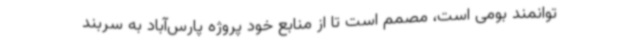
توانمند بومی است، مصمم است تا از منابع خود پروژه پارس‌آباد به سربند